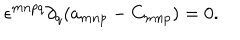
\epsilon ^ { m n p q } \partial _ { q } ( a _ { m n p } - C _ { m n p } ) = 0 .